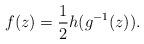
LaTeX: \begin{align*}f(z)&=\frac 1 2 h(g^{-1}(z)).\end{align*}